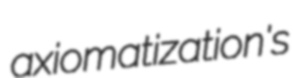
axiomatization's